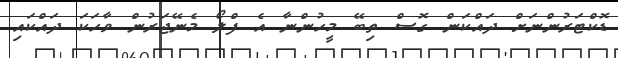
ޑޮކްޓަރުންނަށް ދައްކަން ގޮސް ތިބޭ މީހުންނާ އެ ފްލޯ މެނޭޖަރުން ވާހަކަ ދައްކައި